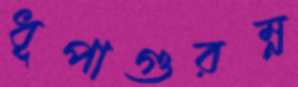
ধূপাগুরম্ন